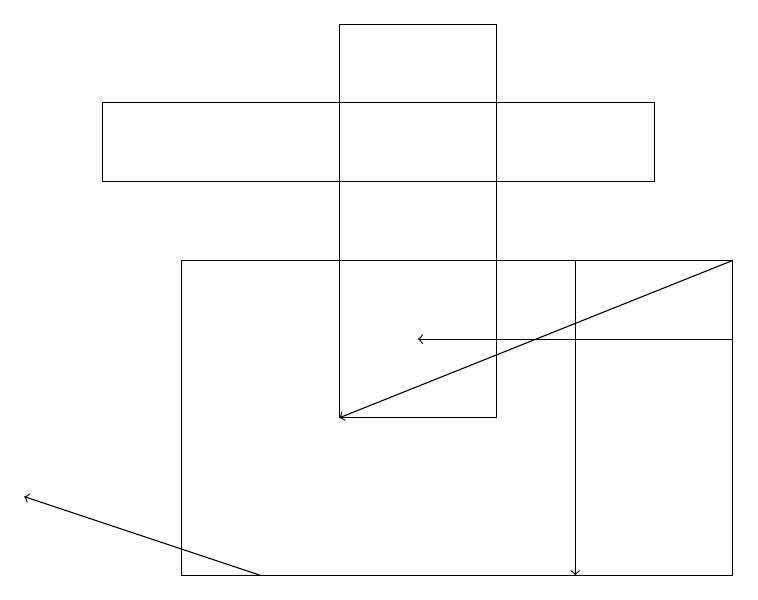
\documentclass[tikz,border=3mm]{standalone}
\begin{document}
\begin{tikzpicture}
\draw[->] (7,15) -- (7,11);
\draw[->] (3,11) -- (0,12);
\draw[->] (9,14) -- (5,14);
\draw (6,13) rectangle (4,18);
\draw[->] (9,15) -- (4,13);
\draw (9,11) rectangle (2,15);
\draw (1,17) rectangle (8,16);
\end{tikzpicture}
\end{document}